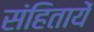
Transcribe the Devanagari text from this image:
संहितायें